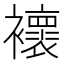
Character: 𧞷